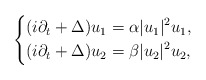
\begin{align*}\left\{\begin{aligned}(i \partial_t +\Delta) u_1 &= \alpha |u_1|^2 u_1 ,\\(i \partial_t +\Delta) u_2&= \beta |u_2|^2 u_2 ,\end{aligned}\right.\end{align*}